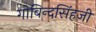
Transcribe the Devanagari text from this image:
गोबिन्दसिंहजी